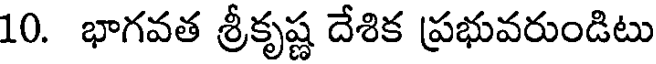
10. భాగవత శ్రీకృష్ణ దేశిక ప్రభువరుండిటు